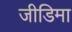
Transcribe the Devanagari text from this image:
जीडिमा